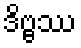
ဒိဗ္ဗဿ